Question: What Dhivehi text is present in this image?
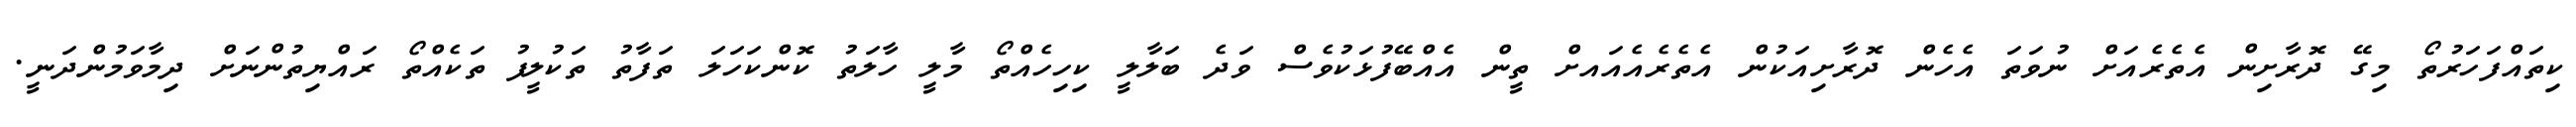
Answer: ކިތައްފަހަރުތޯ މިގޭ ދޮރާށިން އެތެރެއަށް ނުވަތަ އެހެން ދޮރާށިއަކުން އެތެރެއެއައށް ތީން އެއްބޭފުޅަކުވެސް ވަދެ ބަލާލީ ކިހިހެއްތޯ މާލީ ހާލަތު ކޮންކަހަލަ ތަފާތު ތަކުލީފު ތަކެއްތޯ ރައްޔިތުންނަށް ދިމާވަމުންދަނީ.